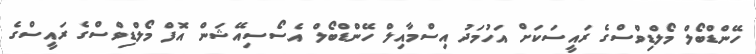
ހޭންޑްބޯލް މޯލްޑިވްސްގެ ރައީސަކަށް އަހުމަދު އިސްމާއިލް ހޭންޑްބޯލް އެސޯސިއޭޝަން އޮފް މޯލްޑިވްސްގެ ރައީސްގެ